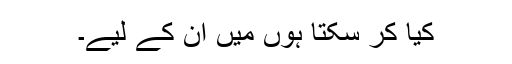
کیا کر سکتا ہوں میں ان کے لیے۔